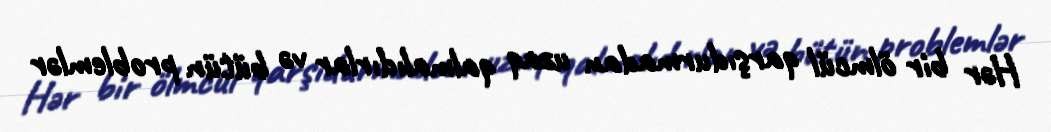
Hər bir ölmcül qarşıdurmadan uzaq qalmalıdırlar və bütün problemlər